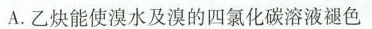
A.乙炔能使溴水及溴的四氯化碳溶液褪色